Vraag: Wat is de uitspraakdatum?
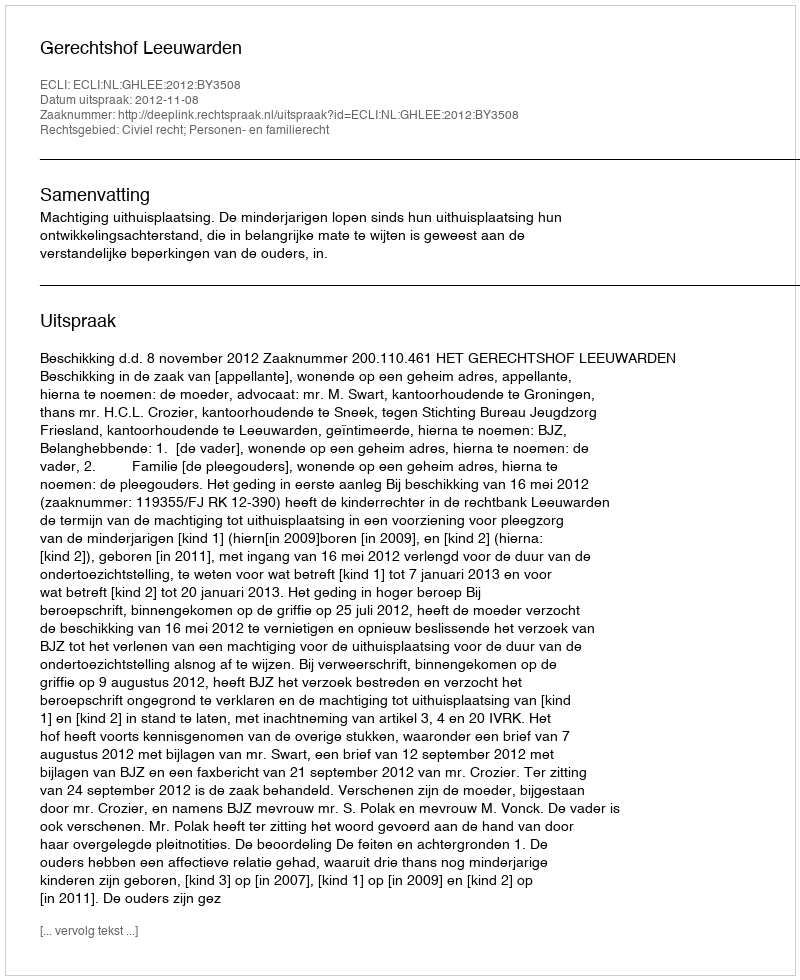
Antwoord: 2012-11-08